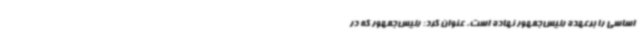
اساسی را برعهده رئیس‌جمهور نهاده است، عنوان کرد: رئیس‌جمهور که در